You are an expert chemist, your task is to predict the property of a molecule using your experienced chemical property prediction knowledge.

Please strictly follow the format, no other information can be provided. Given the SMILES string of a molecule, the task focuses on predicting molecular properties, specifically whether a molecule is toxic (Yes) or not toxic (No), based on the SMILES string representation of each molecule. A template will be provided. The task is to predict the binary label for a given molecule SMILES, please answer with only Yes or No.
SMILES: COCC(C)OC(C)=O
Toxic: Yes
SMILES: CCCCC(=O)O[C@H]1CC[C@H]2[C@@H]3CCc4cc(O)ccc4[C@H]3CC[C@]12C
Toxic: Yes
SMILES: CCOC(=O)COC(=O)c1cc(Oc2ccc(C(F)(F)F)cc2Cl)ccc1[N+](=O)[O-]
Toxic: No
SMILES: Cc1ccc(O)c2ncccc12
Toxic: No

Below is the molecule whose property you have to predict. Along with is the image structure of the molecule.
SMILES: O=C(CCc1ccc(O)cc1)c1c(O)cc(O)cc1O
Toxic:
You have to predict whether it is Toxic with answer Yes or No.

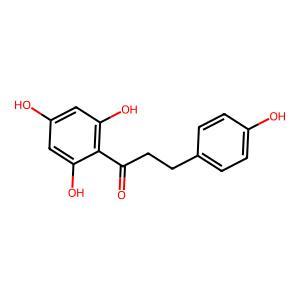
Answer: No